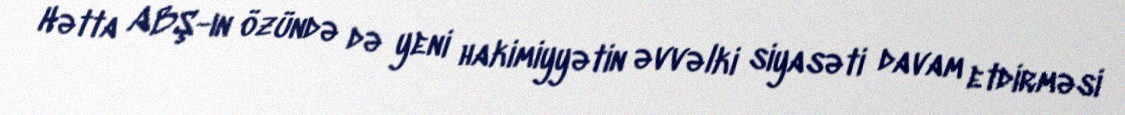
Hətta ABŞ-ın özündə də yeni hakimiyyətin əvvəlki siyasəti davam etdirməsi